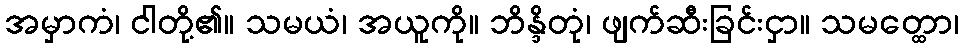
အမှာကံ၊ ငါတို့၏။ သမယံ၊ အယူကို။ ဘိန္ဒိတုံ၊ ဖျက်ဆီးခြင်းငှာ။ သမတ္ထော၊